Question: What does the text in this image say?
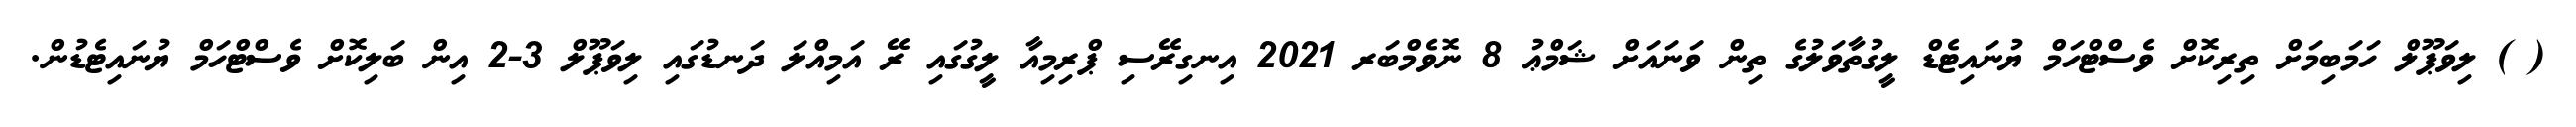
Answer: ( ) ލިވަޕޫލް ހަމަބިމަށް ތިރިކޮށް ވެސްޓްހަމް ޔުނައިޓެޑް ލީގުތާވަލުގެ ތިން ވަނައަށް ޝަމްޢު 8 ނޮވެމްބަރ 2021 އިނގިރޭސި ޕްރިމިއާ ލީގުގައި ރޭ އަމިއްލަ ދަނޑުގައި ލިވަޕޫލް 3-2 އިން ބަލިކޮށް ވެސްޓްހަމް ޔުނައިޓެޑުން.